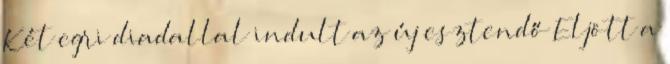
Két egri diadallal indult az új esztendő Eljött a